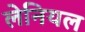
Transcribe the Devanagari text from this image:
लेनियल